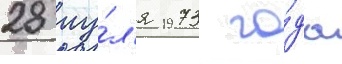
28 иу́л'я 1973 го́да